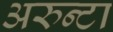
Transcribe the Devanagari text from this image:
अरुन्टा